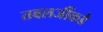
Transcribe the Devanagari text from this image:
तबलजींकडे